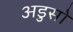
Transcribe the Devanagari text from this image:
अडुसो